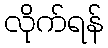
လိုက်ရန်